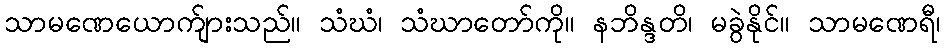
သာမဏေယောက်ျားသည်။ သံဃံ၊ သံဃာတော်ကို။ နဘိန္ဒတိ၊ မခွဲနိုင်။ သာမဏေရီ၊